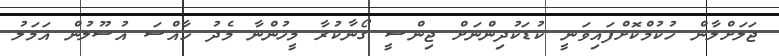
ޖަލަށްލާން ހުކުމްކޮށްފައިވަނީ ކުޑަކުދިންނަށް ޖިންސީ ގޯނާކުރާ މީހުންނާ މެދު ޚާއްސަ އުސޫލުން އަމަލު